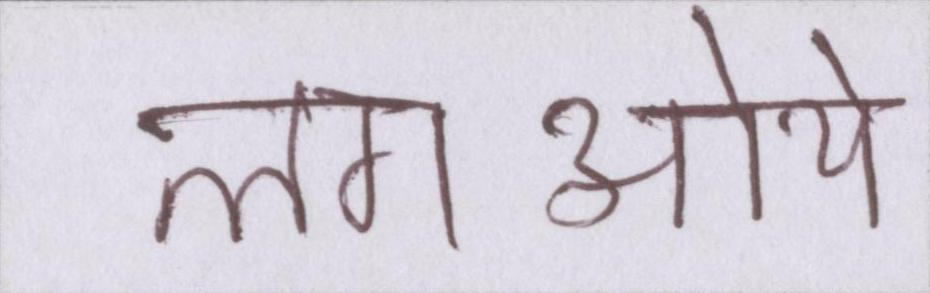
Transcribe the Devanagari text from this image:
लगाऒये